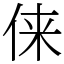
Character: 俫